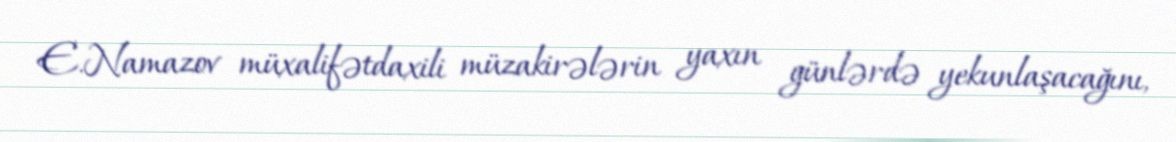
E.Namazov müxalifətdaxili müzakirələrin yaxın günlərdə yekunlaşacağını,